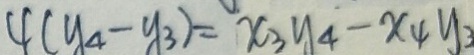
4 ( y _ { 4 } - y _ { 3 } ) = x _ { 3 } y _ { 4 } - x _ { 4 } y _ { 3 }